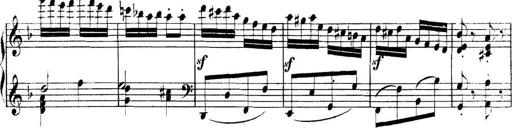
Title: Collected Piano Sonatas
Composer: Muzio Clementi